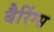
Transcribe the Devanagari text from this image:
बैरिंग्स